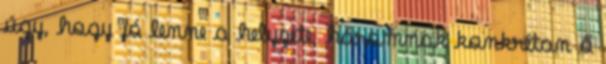
úgy, hogy jó lenne a helyzete, háromnak konkrétan ő